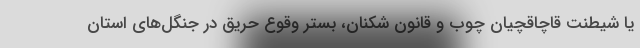
یا شیطنت قاچاقچیان چوب و قانون شکنان، بستر وقوع حریق در جنگل‌های استان